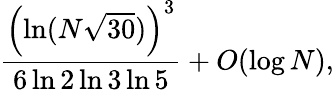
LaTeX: {\frac{\left(\ln(N{\sqrt{30}})\right)^{3}}{6\ln 2\ln 3\ln 5}}+O(\log N),